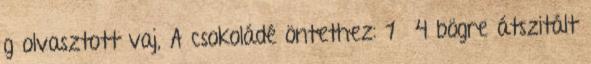
g olvasztott vaj, A csokoládé öntethez: 1 4 bögre átszitált